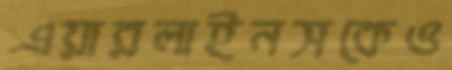
এয়ারলাইনসকেও